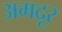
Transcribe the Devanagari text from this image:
अमदूर